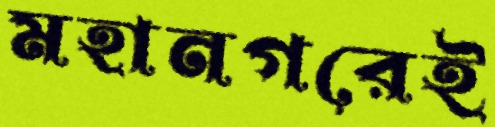
মহানগরেই